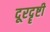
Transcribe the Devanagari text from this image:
दूरदॄष्टी